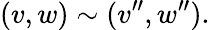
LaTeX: (v,w)\sim(v^{\prime\prime},w^{\prime\prime}).